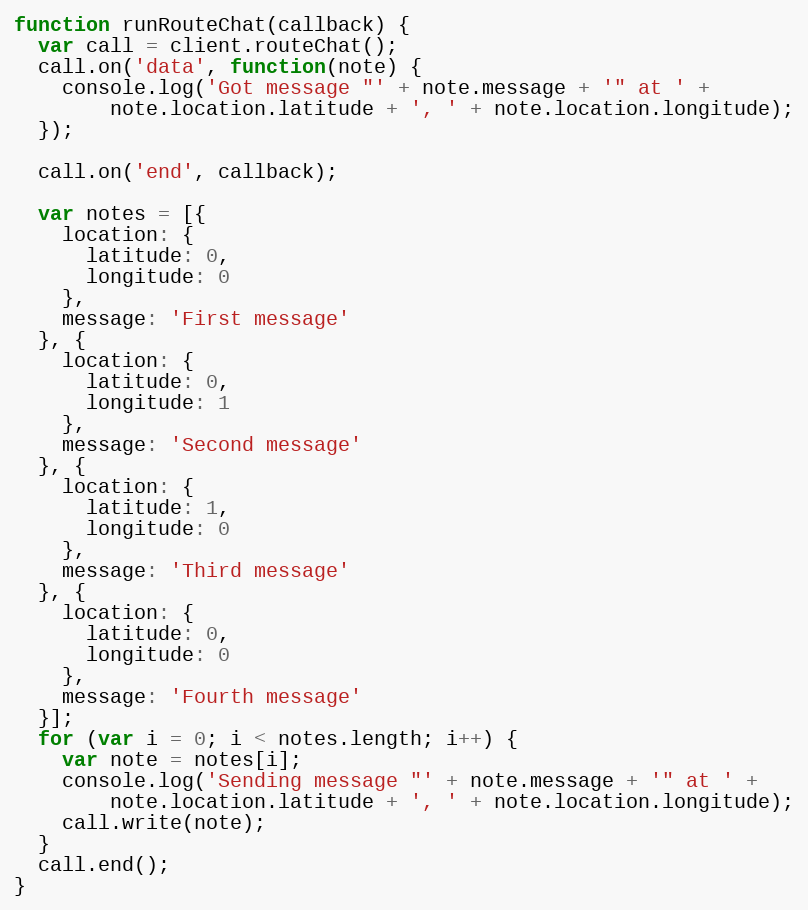
Language: JavaScript
function runRouteChat(callback) {
  var call = client.routeChat();
  call.on('data', function(note) {
    console.log('Got message "' + note.message + '" at ' +
        note.location.latitude + ', ' + note.location.longitude);
  });

  call.on('end', callback);

  var notes = [{
    location: {
      latitude: 0,
      longitude: 0
    },
    message: 'First message'
  }, {
    location: {
      latitude: 0,
      longitude: 1
    },
    message: 'Second message'
  }, {
    location: {
      latitude: 1,
      longitude: 0
    },
    message: 'Third message'
  }, {
    location: {
      latitude: 0,
      longitude: 0
    },
    message: 'Fourth message'
  }];
  for (var i = 0; i < notes.length; i++) {
    var note = notes[i];
    console.log('Sending message "' + note.message + '" at ' +
        note.location.latitude + ', ' + note.location.longitude);
    call.write(note);
  }
  call.end();
}